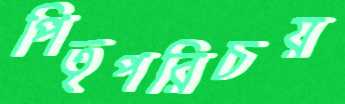
পিতৃপরিচয়